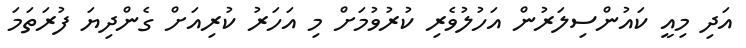
އަދި މިއީ ކައުންސިލަރުން އަހުލުވެރި ކުރުވުމަށް މި އަހަރު ކުރިއަށް ގެންދިޔަ ފުރަތަމަ